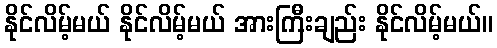
နိုင်လိမ့်မယ် နိုင်လိမ့်မယ် အားကြီးချည်း နိုင်လိမ့်မယ်။